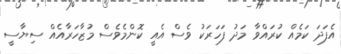
އެފަދަ ކަމެއް ކުރައްވާ މަދު ފަހަރަކު ވެސް އެއީ ކޮންމެވެސް މުޒާހަރާއެއް ސިޔާސީ